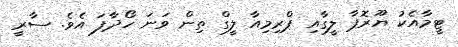
ޓީމާއެކު ޔޫރޮޕާ ލީގާއި ޕްރިމިއާ ލީގް ތިން ވަނަ ހޯދާފަ އެވެ. ސާރީ